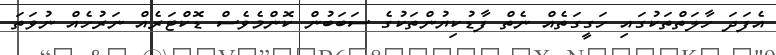
އެފަދަ ހާލަތްތަކުގައި ހަގީގަތެއް ނެތް ފާޑުކިޔުންތަކުގެ ސަބަބުން ކޮންމެވެސް ޑޮކްޓަރެއް ނަރުހެއް ނުވަތަ